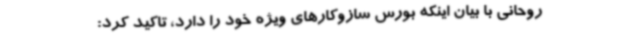
روحانی با بیان اینکه بورس سازوکارهای ویژه خود را دارد، تاکید کرد: